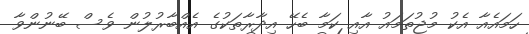
ހަމައެއާ އެކު މުޖުތަމައު އާއި ކަމާ ބެހޭ އިދާރާތަކުގެ އެއްބާރުލުން ވެސް ބޭނުންވާ